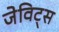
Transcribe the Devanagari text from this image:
जेविट्स